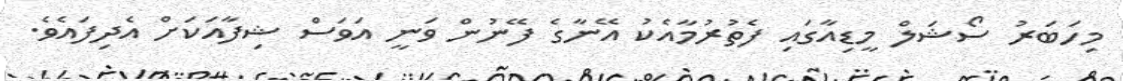
މިހަބަރު ސޯޝަލް މީޑިއާގައި ފެތުރުމާއެކު އޭނާގެ ފޭނުން ވަނީ އަވަސް ޝިފާއަކަށް އެދިފައެވެ.